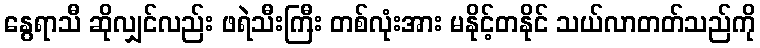
နွေရာသီ ဆိုလျှင်လည်း ဖရဲသီးကြီး တစ်လုံးအား မနိုင့်တနိုင် သယ်လာတတ်သည်ကို